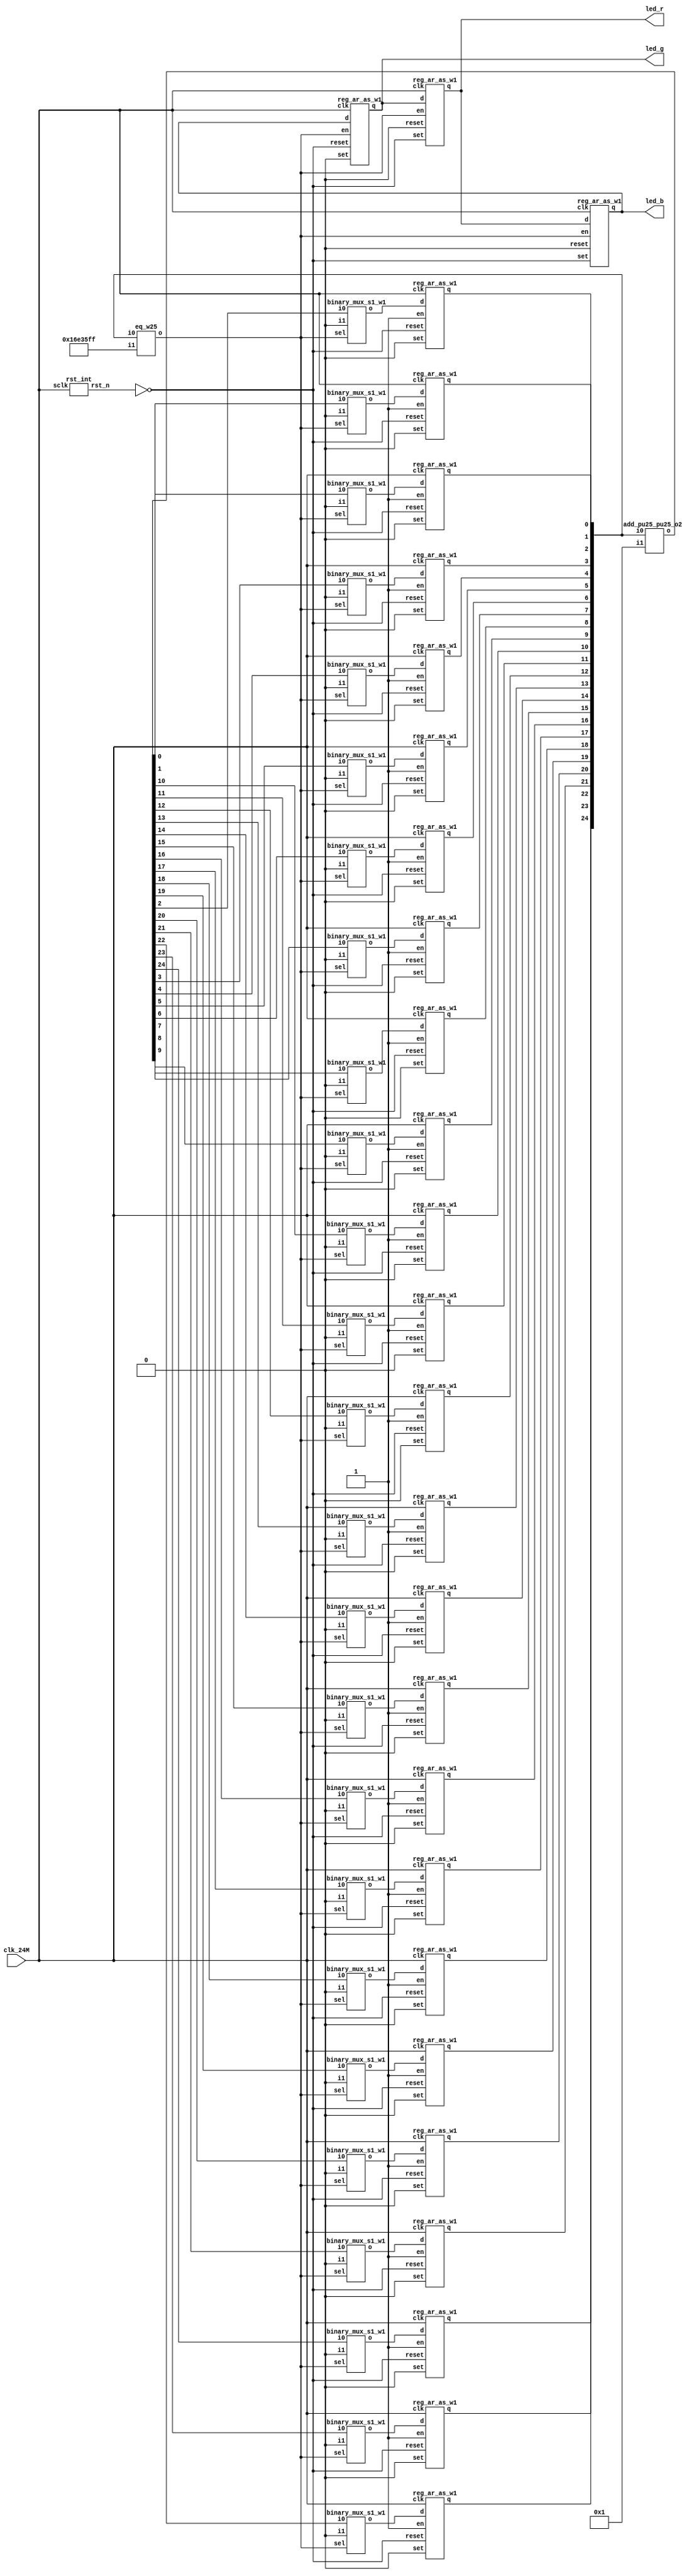
// Verilog netlist created by TD v4.6.12906
// Wed Jul 24 13:47:57 2019

`timescale 1ns / 1ps
module Running_led  // rgb_led.v(14)
  (
  clk_24M,
  led_b,
  led_g,
  led_r
  );

  input clk_24M;  // rgb_led.v(15)
  output led_b;  // rgb_led.v(18)
  output led_g;  // rgb_led.v(17)
  output led_r;  // rgb_led.v(16)

  parameter CNT = 24000000;
  wire [24:0] cnt_time;  // rgb_led.v(31)
  wire [24:0] n2;
  wire [24:0] n3;
  wire n1;
  wire rst_n;  // rgb_led.v(21)

  add_pu25_pu25_o25 add0 (
    .i0(cnt_time),
    .i1(25'b0000000000000000000000001),
    .o(n2));  // rgb_led.v(40)
  eq_w25 eq0 (
    .i0(cnt_time),
    .i1(25'b1011011100011010111111111),
    .o(n1));  // rgb_led.v(37)
  binary_mux_s1_w1 mux0_b0 (
    .i0(n2[0]),
    .i1(1'b0),
    .sel(n1),
    .o(n3[0]));  // rgb_led.v(40)
  binary_mux_s1_w1 mux0_b1 (
    .i0(n2[1]),
    .i1(1'b0),
    .sel(n1),
    .o(n3[1]));  // rgb_led.v(40)
  binary_mux_s1_w1 mux0_b10 (
    .i0(n2[10]),
    .i1(1'b0),
    .sel(n1),
    .o(n3[10]));  // rgb_led.v(40)
  binary_mux_s1_w1 mux0_b11 (
    .i0(n2[11]),
    .i1(1'b0),
    .sel(n1),
    .o(n3[11]));  // rgb_led.v(40)
  binary_mux_s1_w1 mux0_b12 (
    .i0(n2[12]),
    .i1(1'b0),
    .sel(n1),
    .o(n3[12]));  // rgb_led.v(40)
  binary_mux_s1_w1 mux0_b13 (
    .i0(n2[13]),
    .i1(1'b0),
    .sel(n1),
    .o(n3[13]));  // rgb_led.v(40)
  binary_mux_s1_w1 mux0_b14 (
    .i0(n2[14]),
    .i1(1'b0),
    .sel(n1),
    .o(n3[14]));  // rgb_led.v(40)
  binary_mux_s1_w1 mux0_b15 (
    .i0(n2[15]),
    .i1(1'b0),
    .sel(n1),
    .o(n3[15]));  // rgb_led.v(40)
  binary_mux_s1_w1 mux0_b16 (
    .i0(n2[16]),
    .i1(1'b0),
    .sel(n1),
    .o(n3[16]));  // rgb_led.v(40)
  binary_mux_s1_w1 mux0_b17 (
    .i0(n2[17]),
    .i1(1'b0),
    .sel(n1),
    .o(n3[17]));  // rgb_led.v(40)
  binary_mux_s1_w1 mux0_b18 (
    .i0(n2[18]),
    .i1(1'b0),
    .sel(n1),
    .o(n3[18]));  // rgb_led.v(40)
  binary_mux_s1_w1 mux0_b19 (
    .i0(n2[19]),
    .i1(1'b0),
    .sel(n1),
    .o(n3[19]));  // rgb_led.v(40)
  binary_mux_s1_w1 mux0_b2 (
    .i0(n2[2]),
    .i1(1'b0),
    .sel(n1),
    .o(n3[2]));  // rgb_led.v(40)
  binary_mux_s1_w1 mux0_b20 (
    .i0(n2[20]),
    .i1(1'b0),
    .sel(n1),
    .o(n3[20]));  // rgb_led.v(40)
  binary_mux_s1_w1 mux0_b21 (
    .i0(n2[21]),
    .i1(1'b0),
    .sel(n1),
    .o(n3[21]));  // rgb_led.v(40)
  binary_mux_s1_w1 mux0_b22 (
    .i0(n2[22]),
    .i1(1'b0),
    .sel(n1),
    .o(n3[22]));  // rgb_led.v(40)
  binary_mux_s1_w1 mux0_b23 (
    .i0(n2[23]),
    .i1(1'b0),
    .sel(n1),
    .o(n3[23]));  // rgb_led.v(40)
  binary_mux_s1_w1 mux0_b24 (
    .i0(n2[24]),
    .i1(1'b0),
    .sel(n1),
    .o(n3[24]));  // rgb_led.v(40)
  binary_mux_s1_w1 mux0_b3 (
    .i0(n2[3]),
    .i1(1'b0),
    .sel(n1),
    .o(n3[3]));  // rgb_led.v(40)
  binary_mux_s1_w1 mux0_b4 (
    .i0(n2[4]),
    .i1(1'b0),
    .sel(n1),
    .o(n3[4]));  // rgb_led.v(40)
  binary_mux_s1_w1 mux0_b5 (
    .i0(n2[5]),
    .i1(1'b0),
    .sel(n1),
    .o(n3[5]));  // rgb_led.v(40)
  binary_mux_s1_w1 mux0_b6 (
    .i0(n2[6]),
    .i1(1'b0),
    .sel(n1),
    .o(n3[6]));  // rgb_led.v(40)
  binary_mux_s1_w1 mux0_b7 (
    .i0(n2[7]),
    .i1(1'b0),
    .sel(n1),
    .o(n3[7]));  // rgb_led.v(40)
  binary_mux_s1_w1 mux0_b8 (
    .i0(n2[8]),
    .i1(1'b0),
    .sel(n1),
    .o(n3[8]));  // rgb_led.v(40)
  binary_mux_s1_w1 mux0_b9 (
    .i0(n2[9]),
    .i1(1'b0),
    .sel(n1),
    .o(n3[9]));  // rgb_led.v(40)
  reg_ar_as_w1 reg0_b0 (
    .clk(clk_24M),
    .d(n3[0]),
    .en(1'b1),
    .reset(~rst_n),
    .set(1'b0),
    .q(cnt_time[0]));  // rgb_led.v(40)
  reg_ar_as_w1 reg0_b1 (
    .clk(clk_24M),
    .d(n3[1]),
    .en(1'b1),
    .reset(~rst_n),
    .set(1'b0),
    .q(cnt_time[1]));  // rgb_led.v(40)
  reg_ar_as_w1 reg0_b10 (
    .clk(clk_24M),
    .d(n3[10]),
    .en(1'b1),
    .reset(~rst_n),
    .set(1'b0),
    .q(cnt_time[10]));  // rgb_led.v(40)
  reg_ar_as_w1 reg0_b11 (
    .clk(clk_24M),
    .d(n3[11]),
    .en(1'b1),
    .reset(~rst_n),
    .set(1'b0),
    .q(cnt_time[11]));  // rgb_led.v(40)
  reg_ar_as_w1 reg0_b12 (
    .clk(clk_24M),
    .d(n3[12]),
    .en(1'b1),
    .reset(~rst_n),
    .set(1'b0),
    .q(cnt_time[12]));  // rgb_led.v(40)
  reg_ar_as_w1 reg0_b13 (
    .clk(clk_24M),
    .d(n3[13]),
    .en(1'b1),
    .reset(~rst_n),
    .set(1'b0),
    .q(cnt_time[13]));  // rgb_led.v(40)
  reg_ar_as_w1 reg0_b14 (
    .clk(clk_24M),
    .d(n3[14]),
    .en(1'b1),
    .reset(~rst_n),
    .set(1'b0),
    .q(cnt_time[14]));  // rgb_led.v(40)
  reg_ar_as_w1 reg0_b15 (
    .clk(clk_24M),
    .d(n3[15]),
    .en(1'b1),
    .reset(~rst_n),
    .set(1'b0),
    .q(cnt_time[15]));  // rgb_led.v(40)
  reg_ar_as_w1 reg0_b16 (
    .clk(clk_24M),
    .d(n3[16]),
    .en(1'b1),
    .reset(~rst_n),
    .set(1'b0),
    .q(cnt_time[16]));  // rgb_led.v(40)
  reg_ar_as_w1 reg0_b17 (
    .clk(clk_24M),
    .d(n3[17]),
    .en(1'b1),
    .reset(~rst_n),
    .set(1'b0),
    .q(cnt_time[17]));  // rgb_led.v(40)
  reg_ar_as_w1 reg0_b18 (
    .clk(clk_24M),
    .d(n3[18]),
    .en(1'b1),
    .reset(~rst_n),
    .set(1'b0),
    .q(cnt_time[18]));  // rgb_led.v(40)
  reg_ar_as_w1 reg0_b19 (
    .clk(clk_24M),
    .d(n3[19]),
    .en(1'b1),
    .reset(~rst_n),
    .set(1'b0),
    .q(cnt_time[19]));  // rgb_led.v(40)
  reg_ar_as_w1 reg0_b2 (
    .clk(clk_24M),
    .d(n3[2]),
    .en(1'b1),
    .reset(~rst_n),
    .set(1'b0),
    .q(cnt_time[2]));  // rgb_led.v(40)
  reg_ar_as_w1 reg0_b20 (
    .clk(clk_24M),
    .d(n3[20]),
    .en(1'b1),
    .reset(~rst_n),
    .set(1'b0),
    .q(cnt_time[20]));  // rgb_led.v(40)
  reg_ar_as_w1 reg0_b21 (
    .clk(clk_24M),
    .d(n3[21]),
    .en(1'b1),
    .reset(~rst_n),
    .set(1'b0),
    .q(cnt_time[21]));  // rgb_led.v(40)
  reg_ar_as_w1 reg0_b22 (
    .clk(clk_24M),
    .d(n3[22]),
    .en(1'b1),
    .reset(~rst_n),
    .set(1'b0),
    .q(cnt_time[22]));  // rgb_led.v(40)
  reg_ar_as_w1 reg0_b23 (
    .clk(clk_24M),
    .d(n3[23]),
    .en(1'b1),
    .reset(~rst_n),
    .set(1'b0),
    .q(cnt_time[23]));  // rgb_led.v(40)
  reg_ar_as_w1 reg0_b24 (
    .clk(clk_24M),
    .d(n3[24]),
    .en(1'b1),
    .reset(~rst_n),
    .set(1'b0),
    .q(cnt_time[24]));  // rgb_led.v(40)
  reg_ar_as_w1 reg0_b3 (
    .clk(clk_24M),
    .d(n3[3]),
    .en(1'b1),
    .reset(~rst_n),
    .set(1'b0),
    .q(cnt_time[3]));  // rgb_led.v(40)
  reg_ar_as_w1 reg0_b4 (
    .clk(clk_24M),
    .d(n3[4]),
    .en(1'b1),
    .reset(~rst_n),
    .set(1'b0),
    .q(cnt_time[4]));  // rgb_led.v(40)
  reg_ar_as_w1 reg0_b5 (
    .clk(clk_24M),
    .d(n3[5]),
    .en(1'b1),
    .reset(~rst_n),
    .set(1'b0),
    .q(cnt_time[5]));  // rgb_led.v(40)
  reg_ar_as_w1 reg0_b6 (
    .clk(clk_24M),
    .d(n3[6]),
    .en(1'b1),
    .reset(~rst_n),
    .set(1'b0),
    .q(cnt_time[6]));  // rgb_led.v(40)
  reg_ar_as_w1 reg0_b7 (
    .clk(clk_24M),
    .d(n3[7]),
    .en(1'b1),
    .reset(~rst_n),
    .set(1'b0),
    .q(cnt_time[7]));  // rgb_led.v(40)
  reg_ar_as_w1 reg0_b8 (
    .clk(clk_24M),
    .d(n3[8]),
    .en(1'b1),
    .reset(~rst_n),
    .set(1'b0),
    .q(cnt_time[8]));  // rgb_led.v(40)
  reg_ar_as_w1 reg0_b9 (
    .clk(clk_24M),
    .d(n3[9]),
    .en(1'b1),
    .reset(~rst_n),
    .set(1'b0),
    .q(cnt_time[9]));  // rgb_led.v(40)
  reg_ar_as_w1 reg1_b0 (
    .clk(clk_24M),
    .d(led_g),
    .en(n1),
    .reset(1'b0),
    .set(~rst_n),
    .q(led_r));  // rgb_led.v(50)
  reg_ar_as_w1 reg1_b1 (
    .clk(clk_24M),
    .d(led_b),
    .en(n1),
    .reset(~rst_n),
    .set(1'b0),
    .q(led_g));  // rgb_led.v(50)
  reg_ar_as_w1 reg1_b2 (
    .clk(clk_24M),
    .d(led_r),
    .en(n1),
    .reset(1'b0),
    .set(~rst_n),
    .q(led_b));  // rgb_led.v(50)
  rst_int ux_rst (
    .sclk(clk_24M),
    .rst_n(rst_n));  // rgb_led.v(24)

endmodule 

module add_pu25_pu25_o25
  (
  i0,
  i1,
  o
  );

  input [24:0] i0;
  input [24:0] i1;
  output [24:0] o;

  wire net_a0;
  wire net_a1;
  wire net_a10;
  wire net_a11;
  wire net_a12;
  wire net_a13;
  wire net_a14;
  wire net_a15;
  wire net_a16;
  wire net_a17;
  wire net_a18;
  wire net_a19;
  wire net_a2;
  wire net_a20;
  wire net_a21;
  wire net_a22;
  wire net_a23;
  wire net_a24;
  wire net_a3;
  wire net_a4;
  wire net_a5;
  wire net_a6;
  wire net_a7;
  wire net_a8;
  wire net_a9;
  wire net_b0;
  wire net_b1;
  wire net_b10;
  wire net_b11;
  wire net_b12;
  wire net_b13;
  wire net_b14;
  wire net_b15;
  wire net_b16;
  wire net_b17;
  wire net_b18;
  wire net_b19;
  wire net_b2;
  wire net_b20;
  wire net_b21;
  wire net_b22;
  wire net_b23;
  wire net_b24;
  wire net_b3;
  wire net_b4;
  wire net_b5;
  wire net_b6;
  wire net_b7;
  wire net_b8;
  wire net_b9;
  wire net_cout0;
  wire net_cout1;
  wire net_cout10;
  wire net_cout11;
  wire net_cout12;
  wire net_cout13;
  wire net_cout14;
  wire net_cout15;
  wire net_cout16;
  wire net_cout17;
  wire net_cout18;
  wire net_cout19;
  wire net_cout2;
  wire net_cout20;
  wire net_cout21;
  wire net_cout22;
  wire net_cout23;
  wire net_cout24;
  wire net_cout3;
  wire net_cout4;
  wire net_cout5;
  wire net_cout6;
  wire net_cout7;
  wire net_cout8;
  wire net_cout9;
  wire net_sum0;
  wire net_sum1;
  wire net_sum10;
  wire net_sum11;
  wire net_sum12;
  wire net_sum13;
  wire net_sum14;
  wire net_sum15;
  wire net_sum16;
  wire net_sum17;
  wire net_sum18;
  wire net_sum19;
  wire net_sum2;
  wire net_sum20;
  wire net_sum21;
  wire net_sum22;
  wire net_sum23;
  wire net_sum24;
  wire net_sum3;
  wire net_sum4;
  wire net_sum5;
  wire net_sum6;
  wire net_sum7;
  wire net_sum8;
  wire net_sum9;

  assign net_a24 = i0[24];
  assign net_a23 = i0[23];
  assign net_a22 = i0[22];
  assign net_a21 = i0[21];
  assign net_a20 = i0[20];
  assign net_a19 = i0[19];
  assign net_a18 = i0[18];
  assign net_a17 = i0[17];
  assign net_a16 = i0[16];
  assign net_a15 = i0[15];
  assign net_a14 = i0[14];
  assign net_a13 = i0[13];
  assign net_a12 = i0[12];
  assign net_a11 = i0[11];
  assign net_a10 = i0[10];
  assign net_a9 = i0[9];
  assign net_a8 = i0[8];
  assign net_a7 = i0[7];
  assign net_a6 = i0[6];
  assign net_a5 = i0[5];
  assign net_a4 = i0[4];
  assign net_a3 = i0[3];
  assign net_a2 = i0[2];
  assign net_a1 = i0[1];
  assign net_a0 = i0[0];
  assign net_b24 = i1[24];
  assign net_b23 = i1[23];
  assign net_b22 = i1[22];
  assign net_b21 = i1[21];
  assign net_b20 = i1[20];
  assign net_b19 = i1[19];
  assign net_b18 = i1[18];
  assign net_b17 = i1[17];
  assign net_b16 = i1[16];
  assign net_b15 = i1[15];
  assign net_b14 = i1[14];
  assign net_b13 = i1[13];
  assign net_b12 = i1[12];
  assign net_b11 = i1[11];
  assign net_b10 = i1[10];
  assign net_b9 = i1[9];
  assign net_b8 = i1[8];
  assign net_b7 = i1[7];
  assign net_b6 = i1[6];
  assign net_b5 = i1[5];
  assign net_b4 = i1[4];
  assign net_b3 = i1[3];
  assign net_b2 = i1[2];
  assign net_b1 = i1[1];
  assign net_b0 = i1[0];
  assign o[24] = net_sum24;
  assign o[23] = net_sum23;
  assign o[22] = net_sum22;
  assign o[21] = net_sum21;
  assign o[20] = net_sum20;
  assign o[19] = net_sum19;
  assign o[18] = net_sum18;
  assign o[17] = net_sum17;
  assign o[16] = net_sum16;
  assign o[15] = net_sum15;
  assign o[14] = net_sum14;
  assign o[13] = net_sum13;
  assign o[12] = net_sum12;
  assign o[11] = net_sum11;
  assign o[10] = net_sum10;
  assign o[9] = net_sum9;
  assign o[8] = net_sum8;
  assign o[7] = net_sum7;
  assign o[6] = net_sum6;
  assign o[5] = net_sum5;
  assign o[4] = net_sum4;
  assign o[3] = net_sum3;
  assign o[2] = net_sum2;
  assign o[1] = net_sum1;
  assign o[0] = net_sum0;
  AL_FADD comp_0 (
    .a(net_a0),
    .b(net_b0),
    .c(1'b0),
    .cout(net_cout0),
    .sum(net_sum0));
  AL_FADD comp_1 (
    .a(net_a1),
    .b(net_b1),
    .c(net_cout0),
    .cout(net_cout1),
    .sum(net_sum1));
  AL_FADD comp_10 (
    .a(net_a10),
    .b(net_b10),
    .c(net_cout9),
    .cout(net_cout10),
    .sum(net_sum10));
  AL_FADD comp_11 (
    .a(net_a11),
    .b(net_b11),
    .c(net_cout10),
    .cout(net_cout11),
    .sum(net_sum11));
  AL_FADD comp_12 (
    .a(net_a12),
    .b(net_b12),
    .c(net_cout11),
    .cout(net_cout12),
    .sum(net_sum12));
  AL_FADD comp_13 (
    .a(net_a13),
    .b(net_b13),
    .c(net_cout12),
    .cout(net_cout13),
    .sum(net_sum13));
  AL_FADD comp_14 (
    .a(net_a14),
    .b(net_b14),
    .c(net_cout13),
    .cout(net_cout14),
    .sum(net_sum14));
  AL_FADD comp_15 (
    .a(net_a15),
    .b(net_b15),
    .c(net_cout14),
    .cout(net_cout15),
    .sum(net_sum15));
  AL_FADD comp_16 (
    .a(net_a16),
    .b(net_b16),
    .c(net_cout15),
    .cout(net_cout16),
    .sum(net_sum16));
  AL_FADD comp_17 (
    .a(net_a17),
    .b(net_b17),
    .c(net_cout16),
    .cout(net_cout17),
    .sum(net_sum17));
  AL_FADD comp_18 (
    .a(net_a18),
    .b(net_b18),
    .c(net_cout17),
    .cout(net_cout18),
    .sum(net_sum18));
  AL_FADD comp_19 (
    .a(net_a19),
    .b(net_b19),
    .c(net_cout18),
    .cout(net_cout19),
    .sum(net_sum19));
  AL_FADD comp_2 (
    .a(net_a2),
    .b(net_b2),
    .c(net_cout1),
    .cout(net_cout2),
    .sum(net_sum2));
  AL_FADD comp_20 (
    .a(net_a20),
    .b(net_b20),
    .c(net_cout19),
    .cout(net_cout20),
    .sum(net_sum20));
  AL_FADD comp_21 (
    .a(net_a21),
    .b(net_b21),
    .c(net_cout20),
    .cout(net_cout21),
    .sum(net_sum21));
  AL_FADD comp_22 (
    .a(net_a22),
    .b(net_b22),
    .c(net_cout21),
    .cout(net_cout22),
    .sum(net_sum22));
  AL_FADD comp_23 (
    .a(net_a23),
    .b(net_b23),
    .c(net_cout22),
    .cout(net_cout23),
    .sum(net_sum23));
  AL_FADD comp_24 (
    .a(net_a24),
    .b(net_b24),
    .c(net_cout23),
    .cout(net_cout24),
    .sum(net_sum24));
  AL_FADD comp_3 (
    .a(net_a3),
    .b(net_b3),
    .c(net_cout2),
    .cout(net_cout3),
    .sum(net_sum3));
  AL_FADD comp_4 (
    .a(net_a4),
    .b(net_b4),
    .c(net_cout3),
    .cout(net_cout4),
    .sum(net_sum4));
  AL_FADD comp_5 (
    .a(net_a5),
    .b(net_b5),
    .c(net_cout4),
    .cout(net_cout5),
    .sum(net_sum5));
  AL_FADD comp_6 (
    .a(net_a6),
    .b(net_b6),
    .c(net_cout5),
    .cout(net_cout6),
    .sum(net_sum6));
  AL_FADD comp_7 (
    .a(net_a7),
    .b(net_b7),
    .c(net_cout6),
    .cout(net_cout7),
    .sum(net_sum7));
  AL_FADD comp_8 (
    .a(net_a8),
    .b(net_b8),
    .c(net_cout7),
    .cout(net_cout8),
    .sum(net_sum8));
  AL_FADD comp_9 (
    .a(net_a9),
    .b(net_b9),
    .c(net_cout8),
    .cout(net_cout9),
    .sum(net_sum9));

endmodule 

module eq_w25
  (
  i0,
  i1,
  o
  );

  input [24:0] i0;
  input [24:0] i1;
  output o;

  wire \or_or_or_or_xor_i0[0_o ;
  wire \or_or_or_xor_i0[0]_i_o ;
  wire \or_or_or_xor_i0[12]__o ;
  wire \or_or_xor_i0[0]_i1[0_o ;
  wire \or_or_xor_i0[12]_i1[_o ;
  wire \or_or_xor_i0[18]_i1[_o ;
  wire \or_or_xor_i0[21]_i1[_o ;
  wire \or_or_xor_i0[6]_i1[6_o ;
  wire \or_xor_i0[0]_i1[0]_o_o ;
  wire \or_xor_i0[10]_i1[10]_o ;
  wire \or_xor_i0[12]_i1[12]_o ;
  wire \or_xor_i0[13]_i1[13]_o ;
  wire \or_xor_i0[15]_i1[15]_o ;
  wire \or_xor_i0[16]_i1[16]_o ;
  wire \or_xor_i0[18]_i1[18]_o ;
  wire \or_xor_i0[19]_i1[19]_o ;
  wire \or_xor_i0[1]_i1[1]_o_o ;
  wire \or_xor_i0[21]_i1[21]_o ;
  wire \or_xor_i0[23]_i1[23]_o ;
  wire \or_xor_i0[3]_i1[3]_o_o ;
  wire \or_xor_i0[4]_i1[4]_o_o ;
  wire \or_xor_i0[6]_i1[6]_o_o ;
  wire \or_xor_i0[7]_i1[7]_o_o ;
  wire \or_xor_i0[9]_i1[9]_o_o ;
  wire \xor_i0[0]_i1[0]_o ;
  wire \xor_i0[10]_i1[10]_o ;
  wire \xor_i0[11]_i1[11]_o ;
  wire \xor_i0[12]_i1[12]_o ;
  wire \xor_i0[13]_i1[13]_o ;
  wire \xor_i0[14]_i1[14]_o ;
  wire \xor_i0[15]_i1[15]_o ;
  wire \xor_i0[16]_i1[16]_o ;
  wire \xor_i0[17]_i1[17]_o ;
  wire \xor_i0[18]_i1[18]_o ;
  wire \xor_i0[19]_i1[19]_o ;
  wire \xor_i0[1]_i1[1]_o ;
  wire \xor_i0[20]_i1[20]_o ;
  wire \xor_i0[21]_i1[21]_o ;
  wire \xor_i0[22]_i1[22]_o ;
  wire \xor_i0[23]_i1[23]_o ;
  wire \xor_i0[24]_i1[24]_o ;
  wire \xor_i0[2]_i1[2]_o ;
  wire \xor_i0[3]_i1[3]_o ;
  wire \xor_i0[4]_i1[4]_o ;
  wire \xor_i0[5]_i1[5]_o ;
  wire \xor_i0[6]_i1[6]_o ;
  wire \xor_i0[7]_i1[7]_o ;
  wire \xor_i0[8]_i1[8]_o ;
  wire \xor_i0[9]_i1[9]_o ;

  not none_diff (o, \or_or_or_or_xor_i0[0_o );
  or \or_or_or_or_xor_i0[0  (\or_or_or_or_xor_i0[0_o , \or_or_or_xor_i0[0]_i_o , \or_or_or_xor_i0[12]__o );
  or \or_or_or_xor_i0[0]_i  (\or_or_or_xor_i0[0]_i_o , \or_or_xor_i0[0]_i1[0_o , \or_or_xor_i0[6]_i1[6_o );
  or \or_or_or_xor_i0[12]_  (\or_or_or_xor_i0[12]__o , \or_or_xor_i0[12]_i1[_o , \or_or_xor_i0[18]_i1[_o );
  or \or_or_xor_i0[0]_i1[0  (\or_or_xor_i0[0]_i1[0_o , \or_xor_i0[0]_i1[0]_o_o , \or_xor_i0[3]_i1[3]_o_o );
  or \or_or_xor_i0[12]_i1[  (\or_or_xor_i0[12]_i1[_o , \or_xor_i0[12]_i1[12]_o , \or_xor_i0[15]_i1[15]_o );
  or \or_or_xor_i0[18]_i1[  (\or_or_xor_i0[18]_i1[_o , \or_xor_i0[18]_i1[18]_o , \or_or_xor_i0[21]_i1[_o );
  or \or_or_xor_i0[21]_i1[  (\or_or_xor_i0[21]_i1[_o , \or_xor_i0[21]_i1[21]_o , \or_xor_i0[23]_i1[23]_o );
  or \or_or_xor_i0[6]_i1[6  (\or_or_xor_i0[6]_i1[6_o , \or_xor_i0[6]_i1[6]_o_o , \or_xor_i0[9]_i1[9]_o_o );
  or \or_xor_i0[0]_i1[0]_o  (\or_xor_i0[0]_i1[0]_o_o , \xor_i0[0]_i1[0]_o , \or_xor_i0[1]_i1[1]_o_o );
  or \or_xor_i0[10]_i1[10]  (\or_xor_i0[10]_i1[10]_o , \xor_i0[10]_i1[10]_o , \xor_i0[11]_i1[11]_o );
  or \or_xor_i0[12]_i1[12]  (\or_xor_i0[12]_i1[12]_o , \xor_i0[12]_i1[12]_o , \or_xor_i0[13]_i1[13]_o );
  or \or_xor_i0[13]_i1[13]  (\or_xor_i0[13]_i1[13]_o , \xor_i0[13]_i1[13]_o , \xor_i0[14]_i1[14]_o );
  or \or_xor_i0[15]_i1[15]  (\or_xor_i0[15]_i1[15]_o , \xor_i0[15]_i1[15]_o , \or_xor_i0[16]_i1[16]_o );
  or \or_xor_i0[16]_i1[16]  (\or_xor_i0[16]_i1[16]_o , \xor_i0[16]_i1[16]_o , \xor_i0[17]_i1[17]_o );
  or \or_xor_i0[18]_i1[18]  (\or_xor_i0[18]_i1[18]_o , \xor_i0[18]_i1[18]_o , \or_xor_i0[19]_i1[19]_o );
  or \or_xor_i0[19]_i1[19]  (\or_xor_i0[19]_i1[19]_o , \xor_i0[19]_i1[19]_o , \xor_i0[20]_i1[20]_o );
  or \or_xor_i0[1]_i1[1]_o  (\or_xor_i0[1]_i1[1]_o_o , \xor_i0[1]_i1[1]_o , \xor_i0[2]_i1[2]_o );
  or \or_xor_i0[21]_i1[21]  (\or_xor_i0[21]_i1[21]_o , \xor_i0[21]_i1[21]_o , \xor_i0[22]_i1[22]_o );
  or \or_xor_i0[23]_i1[23]  (\or_xor_i0[23]_i1[23]_o , \xor_i0[23]_i1[23]_o , \xor_i0[24]_i1[24]_o );
  or \or_xor_i0[3]_i1[3]_o  (\or_xor_i0[3]_i1[3]_o_o , \xor_i0[3]_i1[3]_o , \or_xor_i0[4]_i1[4]_o_o );
  or \or_xor_i0[4]_i1[4]_o  (\or_xor_i0[4]_i1[4]_o_o , \xor_i0[4]_i1[4]_o , \xor_i0[5]_i1[5]_o );
  or \or_xor_i0[6]_i1[6]_o  (\or_xor_i0[6]_i1[6]_o_o , \xor_i0[6]_i1[6]_o , \or_xor_i0[7]_i1[7]_o_o );
  or \or_xor_i0[7]_i1[7]_o  (\or_xor_i0[7]_i1[7]_o_o , \xor_i0[7]_i1[7]_o , \xor_i0[8]_i1[8]_o );
  or \or_xor_i0[9]_i1[9]_o  (\or_xor_i0[9]_i1[9]_o_o , \xor_i0[9]_i1[9]_o , \or_xor_i0[10]_i1[10]_o );
  xor \xor_i0[0]_i1[0]  (\xor_i0[0]_i1[0]_o , i0[0], i1[0]);
  xor \xor_i0[10]_i1[10]  (\xor_i0[10]_i1[10]_o , i0[10], i1[10]);
  xor \xor_i0[11]_i1[11]  (\xor_i0[11]_i1[11]_o , i0[11], i1[11]);
  xor \xor_i0[12]_i1[12]  (\xor_i0[12]_i1[12]_o , i0[12], i1[12]);
  xor \xor_i0[13]_i1[13]  (\xor_i0[13]_i1[13]_o , i0[13], i1[13]);
  xor \xor_i0[14]_i1[14]  (\xor_i0[14]_i1[14]_o , i0[14], i1[14]);
  xor \xor_i0[15]_i1[15]  (\xor_i0[15]_i1[15]_o , i0[15], i1[15]);
  xor \xor_i0[16]_i1[16]  (\xor_i0[16]_i1[16]_o , i0[16], i1[16]);
  xor \xor_i0[17]_i1[17]  (\xor_i0[17]_i1[17]_o , i0[17], i1[17]);
  xor \xor_i0[18]_i1[18]  (\xor_i0[18]_i1[18]_o , i0[18], i1[18]);
  xor \xor_i0[19]_i1[19]  (\xor_i0[19]_i1[19]_o , i0[19], i1[19]);
  xor \xor_i0[1]_i1[1]  (\xor_i0[1]_i1[1]_o , i0[1], i1[1]);
  xor \xor_i0[20]_i1[20]  (\xor_i0[20]_i1[20]_o , i0[20], i1[20]);
  xor \xor_i0[21]_i1[21]  (\xor_i0[21]_i1[21]_o , i0[21], i1[21]);
  xor \xor_i0[22]_i1[22]  (\xor_i0[22]_i1[22]_o , i0[22], i1[22]);
  xor \xor_i0[23]_i1[23]  (\xor_i0[23]_i1[23]_o , i0[23], i1[23]);
  xor \xor_i0[24]_i1[24]  (\xor_i0[24]_i1[24]_o , i0[24], i1[24]);
  xor \xor_i0[2]_i1[2]  (\xor_i0[2]_i1[2]_o , i0[2], i1[2]);
  xor \xor_i0[3]_i1[3]  (\xor_i0[3]_i1[3]_o , i0[3], i1[3]);
  xor \xor_i0[4]_i1[4]  (\xor_i0[4]_i1[4]_o , i0[4], i1[4]);
  xor \xor_i0[5]_i1[5]  (\xor_i0[5]_i1[5]_o , i0[5], i1[5]);
  xor \xor_i0[6]_i1[6]  (\xor_i0[6]_i1[6]_o , i0[6], i1[6]);
  xor \xor_i0[7]_i1[7]  (\xor_i0[7]_i1[7]_o , i0[7], i1[7]);
  xor \xor_i0[8]_i1[8]  (\xor_i0[8]_i1[8]_o , i0[8], i1[8]);
  xor \xor_i0[9]_i1[9]  (\xor_i0[9]_i1[9]_o , i0[9], i1[9]);

endmodule 

module binary_mux_s1_w1
  (
  i0,
  i1,
  sel,
  o
  );

  input i0;
  input i1;
  input sel;
  output o;


  AL_MUX al_mux_b0_0_0 (
    .i0(i0),
    .i1(i1),
    .sel(sel),
    .o(o));

endmodule 

module reg_ar_as_w1
  (
  clk,
  d,
  en,
  reset,
  set,
  q
  );

  input clk;
  input d;
  input en;
  input reset;
  input set;
  output q;

  parameter REGSET = "RESET";
  wire enout;

  AL_MUX u_en0 (
    .i0(q),
    .i1(d),
    .sel(en),
    .o(enout));
  AL_DFF #(
    .INI((REGSET == "SET") ? 1'b1 : 1'b0))
    u_seq0 (
    .clk(clk),
    .d(enout),
    .reset(reset),
    .set(set),
    .q(q));

endmodule 

module rst_int  // rst.v(9)
  (
  sclk,
  rst_n
  );

  input sclk;  // rst.v(11)
  output rst_n;  // rst.v(12)

  wire [3:0] counter;  // rst.v(15)
  wire [3:0] n1;
  wire n0;

  add_pu4_pu4_o4 add0 (
    .i0(counter),
    .i1(4'b0001),
    .o(n1));  // rst.v(22)
  eq_w4 eq0 (
    .i0(counter),
    .i1(4'b1111),
    .o(n0));  // rst.v(19)
  reg_ar_ss_w1 reg0_b0 (
    .clk(sclk),
    .d(n1[0]),
    .en(1'b1),
    .reset(1'b0),
    .set(n0),
    .q(counter[0]));  // rst.v(23)
  reg_ar_ss_w1 reg0_b1 (
    .clk(sclk),
    .d(n1[1]),
    .en(1'b1),
    .reset(1'b0),
    .set(n0),
    .q(counter[1]));  // rst.v(23)
  reg_ar_ss_w1 reg0_b2 (
    .clk(sclk),
    .d(n1[2]),
    .en(1'b1),
    .reset(1'b0),
    .set(n0),
    .q(counter[2]));  // rst.v(23)
  reg_ar_ss_w1 reg0_b3 (
    .clk(sclk),
    .d(n1[3]),
    .en(1'b1),
    .reset(1'b0),
    .set(n0),
    .q(counter[3]));  // rst.v(23)
  reg_ar_as_w1 rst_n_reg (
    .clk(sclk),
    .d(n0),
    .en(1'b1),
    .reset(1'b0),
    .set(1'b0),
    .q(rst_n));  // rst.v(31)

endmodule 

module add_pu4_pu4_o4
  (
  i0,
  i1,
  o
  );

  input [3:0] i0;
  input [3:0] i1;
  output [3:0] o;

  wire net_a0;
  wire net_a1;
  wire net_a2;
  wire net_a3;
  wire net_b0;
  wire net_b1;
  wire net_b2;
  wire net_b3;
  wire net_cout0;
  wire net_cout1;
  wire net_cout2;
  wire net_cout3;
  wire net_sum0;
  wire net_sum1;
  wire net_sum2;
  wire net_sum3;

  assign net_a3 = i0[3];
  assign net_a2 = i0[2];
  assign net_a1 = i0[1];
  assign net_a0 = i0[0];
  assign net_b3 = i1[3];
  assign net_b2 = i1[2];
  assign net_b1 = i1[1];
  assign net_b0 = i1[0];
  assign o[3] = net_sum3;
  assign o[2] = net_sum2;
  assign o[1] = net_sum1;
  assign o[0] = net_sum0;
  AL_FADD comp_0 (
    .a(net_a0),
    .b(net_b0),
    .c(1'b0),
    .cout(net_cout0),
    .sum(net_sum0));
  AL_FADD comp_1 (
    .a(net_a1),
    .b(net_b1),
    .c(net_cout0),
    .cout(net_cout1),
    .sum(net_sum1));
  AL_FADD comp_2 (
    .a(net_a2),
    .b(net_b2),
    .c(net_cout1),
    .cout(net_cout2),
    .sum(net_sum2));
  AL_FADD comp_3 (
    .a(net_a3),
    .b(net_b3),
    .c(net_cout2),
    .cout(net_cout3),
    .sum(net_sum3));

endmodule 

module eq_w4
  (
  i0,
  i1,
  o
  );

  input [3:0] i0;
  input [3:0] i1;
  output o;

  wire \or_or_xor_i0[0]_i1[0_o ;
  wire \or_xor_i0[0]_i1[0]_o_o ;
  wire \or_xor_i0[2]_i1[2]_o_o ;
  wire \xor_i0[0]_i1[0]_o ;
  wire \xor_i0[1]_i1[1]_o ;
  wire \xor_i0[2]_i1[2]_o ;
  wire \xor_i0[3]_i1[3]_o ;

  not none_diff (o, \or_or_xor_i0[0]_i1[0_o );
  or \or_or_xor_i0[0]_i1[0  (\or_or_xor_i0[0]_i1[0_o , \or_xor_i0[0]_i1[0]_o_o , \or_xor_i0[2]_i1[2]_o_o );
  or \or_xor_i0[0]_i1[0]_o  (\or_xor_i0[0]_i1[0]_o_o , \xor_i0[0]_i1[0]_o , \xor_i0[1]_i1[1]_o );
  or \or_xor_i0[2]_i1[2]_o  (\or_xor_i0[2]_i1[2]_o_o , \xor_i0[2]_i1[2]_o , \xor_i0[3]_i1[3]_o );
  xor \xor_i0[0]_i1[0]  (\xor_i0[0]_i1[0]_o , i0[0], i1[0]);
  xor \xor_i0[1]_i1[1]  (\xor_i0[1]_i1[1]_o , i0[1], i1[1]);
  xor \xor_i0[2]_i1[2]  (\xor_i0[2]_i1[2]_o , i0[2], i1[2]);
  xor \xor_i0[3]_i1[3]  (\xor_i0[3]_i1[3]_o , i0[3], i1[3]);

endmodule 

module reg_ar_ss_w1
  (
  clk,
  d,
  en,
  reset,
  set,
  q
  );

  input clk;
  input d;
  input en;
  input reset;
  input set;
  output q;

  parameter REGSET = "RESET";
  wire enout;
  wire setout;

  AL_MUX u_en0 (
    .i0(q),
    .i1(d),
    .sel(en),
    .o(enout));
  AL_DFF #(
    .INI((REGSET == "SET") ? 1'b1 : 1'b0))
    u_seq0 (
    .clk(clk),
    .d(setout),
    .reset(reset),
    .set(1'b0),
    .q(q));
  AL_MUX u_set0 (
    .i0(enout),
    .i1(1'b1),
    .sel(set),
    .o(setout));

endmodule 

module AL_FADD
  (
  input a,
  input b,
  input c,
  output sum,
  output cout
  );

  wire prop;
  wire not_prop;
  wire sel_i0;
  wire sel_i1;

  xor u0 (prop, a, b);
  xor u1 (sum, prop, c);
  not u2 (not_prop, prop);
  and u3 (sel_i1, prop, c);
  and u4 (sel_i0, not_prop, a);
  or  u5 (cout, sel_i0, sel_i1);

endmodule

module AL_MUX
  (
  input i0,
  input i1,
  input sel,
  output o
  );

  wire not_sel, sel_i0, sel_i1;
  not u0 (not_sel, sel);
  and u1 (sel_i1, sel, i1);
  and u2 (sel_i0, not_sel, i0);
  or u3 (o, sel_i1, sel_i0);

endmodule

module AL_DFF
  (
  input reset,
  input set,
  input clk,
  input d,
  output reg q
  );

  parameter INI = 1'b0;

  always @(posedge reset or posedge set or posedge clk)
  begin
    if (reset)
      q <= 1'b0;
    else if (set)
      q <= 1'b1;
    else
      q <= d;
  end

endmodule